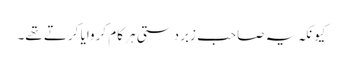
کیونکہ یہ صاحب زبردستی ہر کام کروایا کرتے تھے۔